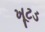
ખૂટડ